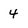
Character: 4